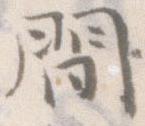
間